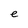
Character: e